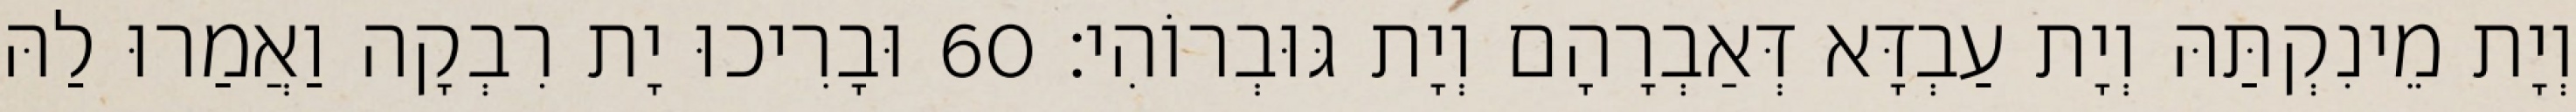
וְיָת מֵינִקְתַּהּ וְיָת עַבְדָּא דְּאַבְרָהָם וְיָת גּוּבְרוֹהִי׃ 60 וּבָרִיכוּ יָת רִבְקָה וַאֲמַרוּ לַהּ